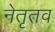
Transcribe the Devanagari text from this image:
नेतृतव